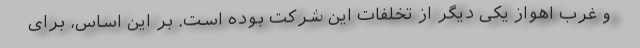
و غرب اهواز یکی دیگر از تخلفات این شرکت بوده است. بر این اساس، برای